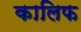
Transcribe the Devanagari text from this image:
कालिफ